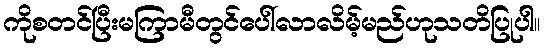
ကိုစတင်ပြီးမကြာမီတွင်ပေါ်လာလိမ့်မည်ဟုသတိပြုပါ။